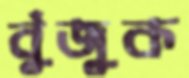
বুঁজুক